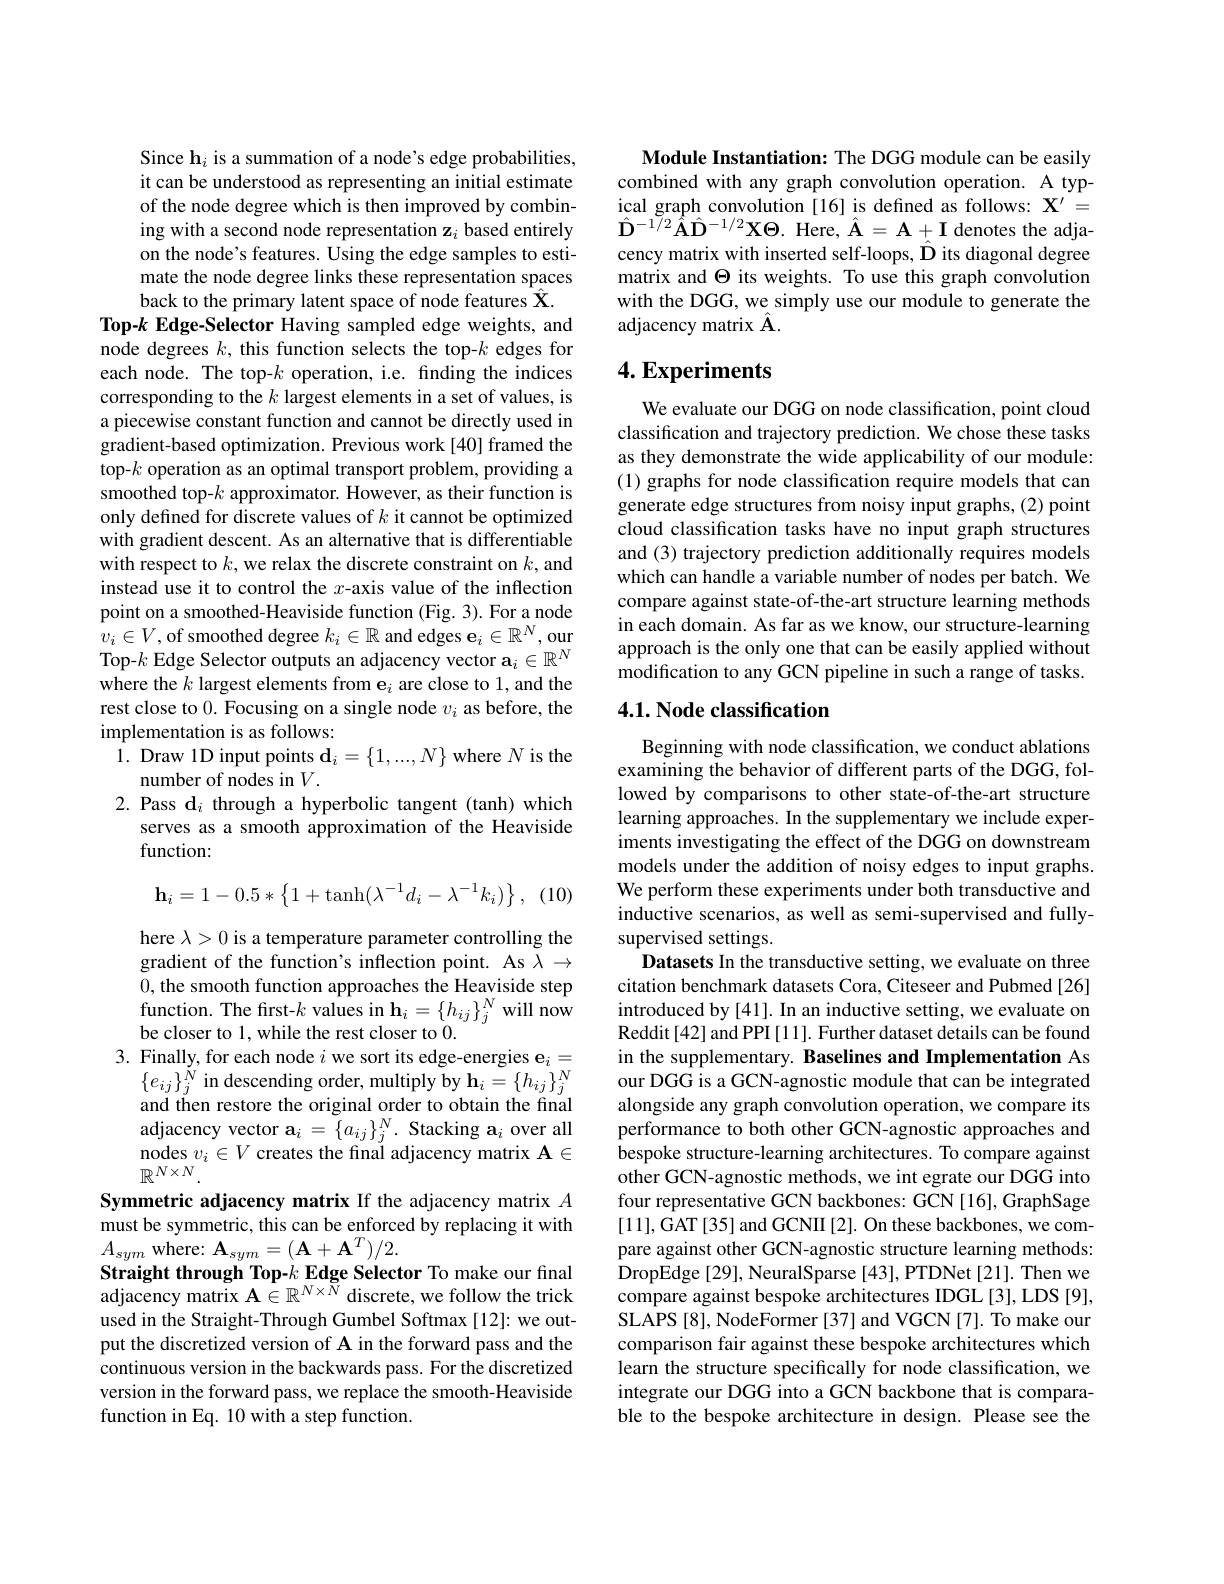
Since h$_i$ is a summation of a node's edge probabilities, it can be understood as representing an initial estimate of the node degree which is then improved by combining with a second node representation z $_i$ based entirely on the node's features. Using the edge samples to estimate the node degree links these representation spaces back to the primary latent space of node features $\hat{\mathbf{X}}.$
Top-$k\textbf{Edge- Selector Having sampled edge weights, and}$ node degrees $k$, this function selects the top-$k$ edges for each node. The top-$k$ operation, i.e. finding the indices corresponding to the $k$ largest elements in a set of values, is a piecewise constant function and cannot be directly used in gradient-based optimization. Previous work[40] framed the top-$k$ operation as an optimal transport problem, providing a smoothed top-$k$ approximator. However, as their function is only defined for discrete values of $k$ it cannot be optimized with gradient descent. As an alternative that is differentiable with respect to $k$, we relax the discrete constraint on $k$, and instead use it to control the $x$-axis value of the inflection point on a smoothed-Heaviside function (Fig. 3). For a node $\hat{v}_i\in V$,of smoothed degree $k_i\in \mathbb{R} \text{ and edges e}_i\in \mathbb{R} ^N$,our Top-$k$ Edge Selector outputs an adjacency vector $\mathbf{a}_i\in\mathbb{R}^N$ where the $k\text{ largest elements from e}_i$ are close to 1, and the rest close to 0. Focusing on a single node $v_i$ as before, the implementation is as follows:
1. Draw 1D input points $\mathbf{d}_i=\{1,...,N\}$ where $N$ is the
number of nodes in $V.$
2.Pass d$_i$ through a hyperbolic tangent (tanh) which
serves as a smooth approximation of the Heaviside
function:
(10)
$$\mathbf h_i=1-0.5*\left\{1+\tanh(\lambda^{-1}d_i-\lambda^{-1}k_i)\right\},$$
here $\lambda>0$ is a temperature parameter controlling the gradient of the function's inflection point. As $\tilde{\lambda}\to$ 0, the smooth function approaches the Heaviside step $\begin{array}{l}{\mathrm{function.~The~first-k~values~in~h_{i}=\{h_{ij}\}_{j}^{N}~will~now}}\\{\mathrm{be~closer~to~1,~while~the~rest~closer~to~0.}}\end{array}$
3. Finally, for each node $i$ we sort its edge-energies e$_i=$
$\{e_{ij}\}_{j}^{N}$ in descending order, multiply by $\mathbf{h}_i=\{h_{ij}\}_{j}^{N}$ and then restore the original order to obtain the final ${\text{adjacency vector a}_{i}=\{a_{ij}\}_{j}^{N}.{\text{Stacking a}_{i}}{\mathrm{over~all}}}$ $\begin{array}{l}\mathrm{nodes~}v_i\in V\text{ creates the final adjacency matrix A}\in\\\mathbb{R}^{N\times N}.\end{array}$
Symmetric adjacency matrix If the adjacency matrix $A$ must be symmetric, this can be enforced by replacing it with $A_{sym}$ where: $\mathbf{A}_sym=(\mathbf{A}+\mathbf{A}^T)/2.$
Straight through Top-$k\textbf{Edge Selector To make our final}$ adjacency matrix $\mathbf{A}\in\mathbb{R}^{N\times N}$ discrete, we follow the trick used in the Straight-Through Gumbel Softmax [12]: we output the discretized version of A in the forward pass and the continuous version in the backwards pass. For the discretized version in the forward pass, we replace the smooth-Heaviside function in Eq. 10 with a step function.

Module Instantiation: The DGG module can be easily combined with any graph convolution operation. A typical graph convolution [16] is defined as follows: $\mathbf{X}^{\prime}=$ $\hat{\mathbf{D}}^{-1/2}\hat{\mathbf{A}}\hat{\mathbf{D}}^{-1/2}\mathbf{X}\Theta.$ Here, $\hat{\mathbf{A}}=\mathbf{A}+\mathbf{I}$ denotes the adjacency matrix with inserted self-loops, $\hat{\mathbf{D}}$ its diagonal degree matrix and $\Theta$ its weights. To use this graph convolution with the DGG, we simply use our module to generate the adjacency matrix Â

## $4. \textbf{Experiments}$

We evaluate our DGG on node classification, point cloud classification and trajectory prediction. We chose these tasks as they demonstrate the wide applicability of our module: (1) graphs for node classification require models that can generate edge structures from noisy input graphs, (2) point cloud classification tasks have no input graph structures and (3) trajectory prediction additionally requires models which can handle a variable number of nodes per batch. We compare against state-of-the-art structure learning methods in each domain. As far as we know, our structure-learning approach is the only one that can be easily applied without modification to any GCN pipeline in such a range of tasks.

## 4.1. Node classification

Beginning with node classification, we conduct ablations examining the behavior of different parts of the DGG, followed by comparisons to other state-of-the-art structure learning approaches. In the supplementary we include experiments investigating the effect of the DGG on downstream models under the addition of noisy edges to input graphs. We perform these experiments under both transductive and inductive scenarios, as well as semi-supervised and fullysupervised settings.
Datasets In the transductive setting, we evaluate on three citation benchmark datasets Cora, Citeseer and Pubmed[26] introduced by [41]. In an inductive setting, we evaluate on Reddit[42] and PPI [11]. Further dataset details can be found in the supplementary. Baselines and Implementation As our DGG is a GCN-agnostic module that can be integrated alongside any graph convolution operation, we compare its performance to both other GCN-agnostic approaches and bespoke structure-learning architectures. To compare against other GCN-agnostic methods, we int egrate our DGG into four representative GCN backbones: GCN[16], GraphSage [11],GAT[35] and GCNII [2]. On these backbones, we compare against other GCN-agnostic structure learning methods: DropEdge[29], NeuralSparse[43], PTDNet[21]. Then we compare against bespoke architectures IDGL[3], LDS[9], SLAPS[8], NodeFormer[37] and VGCN[7]. To make our comparison fair against these bespoke architectures which learn the structure specifically for node classification, we integrate our DGG into a GCN backbone that is comparable to the bespoke architecture in design. Please see the